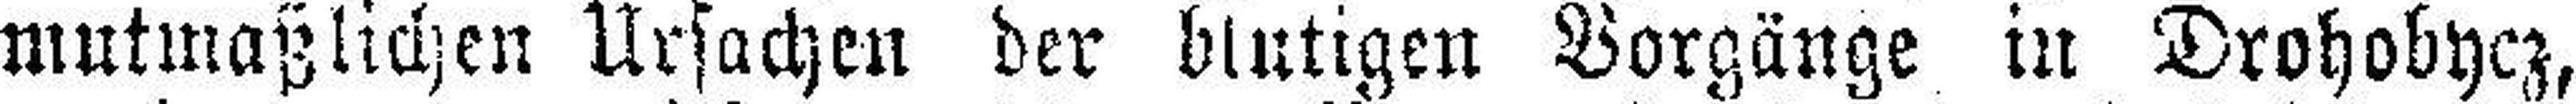
mutmaßlichen Ursachen der blutigen Vorgänge in Drohobycz,